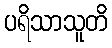
ပရိသာသူတိ